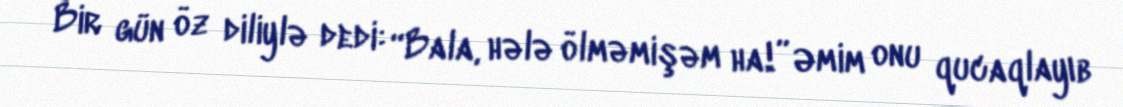
Bir gün öz diliylə dedi: “Bala, hələ ölməmişəm ha!” Əmim onu qucaqlayıb